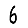
Digit: 6